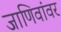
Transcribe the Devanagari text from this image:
जाणिवांवर